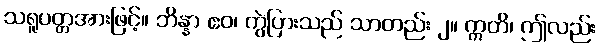
သရူပတ္တအားဖြင့်။ ဘိန္နာ ဧဝ၊ ကွဲပြားသည် သာတည်း ၂။ ဣတိ၊ ဤလည်း